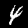
Digit: 4